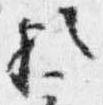
歟